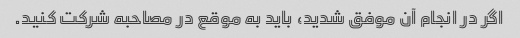
اگر در انجام آن موفق شدید، باید به موقع در مصاحبه شرکت کنید.